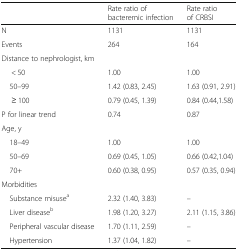
<table><thead><tr><td></td><td><b>Rate ratio of bacteremic infection</b></td><td><b>Rate ratio of CRBSI</b></td></tr></thead><tbody><tr><td>N</td><td>1131</td><td>1131</td></tr><tr><td>Events</td><td>264</td><td>164</td></tr><tr><td colspan="3">Distance to nephrologist, km</td></tr><tr><td>&lt; 50</td><td>1.00</td><td>1.00</td></tr><tr><td> 50–99</td><td>1.42 (0.83, 2.45)</td><td>1.63 (0.91, 2.91)</td></tr><tr><td>≥ 100</td><td>0.79 (0.45, 1.39)</td><td>0.84 (0.44,1.58)</td></tr><tr><td>P for linear trend</td><td>0.74</td><td>0.87</td></tr><tr><td colspan="3">Age, y</td></tr><tr><td> 18–49</td><td>1.00</td><td>1.00</td></tr><tr><td> 50–69</td><td>0.69 (0.45, 1.05)</td><td>0.66 (0.42,1.04)</td></tr><tr><td> 70+</td><td>0.60 (0.38, 0.95)</td><td>0.57 (0.35, 0.94)</td></tr><tr><td colspan="3">Morbidities</td></tr><tr><td> Substance misuse<sup>a</sup></td><td>2.32 (1.40, 3.83)</td><td>–</td></tr><tr><td> Liver disease<sup>b</sup></td><td>1.98 (1.20, 3.27)</td><td>2.11 (1.15, 3.86)</td></tr><tr><td> Peripheral vascular disease</td><td>1.70 (1.11, 2.59)</td><td>–</td></tr><tr><td> Hypertension</td><td>1.37 (1.04, 1.82)</td><td>–</td></tr></tbody></table>